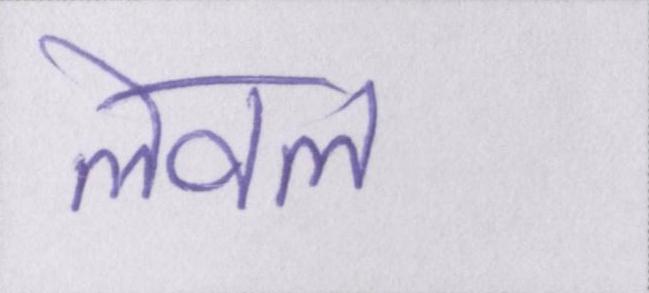
लेवल